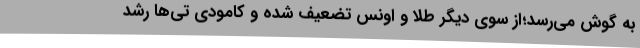
به گوش می‌رسد؛از سوی دیگر طلا و اونس تضعیف شده و کامودی تی‌ها رشد